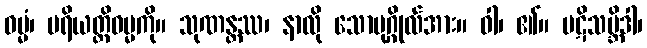
ဓမ္မံ၊ ပရိယတ္တိဓမ္မကို။ သုဏန္တဿ၊ နာလို သောပုဂ္ဂိုလ်အား။ ဝါ၊ ၏။ ပဋိသမ္ဘိဒါ၊